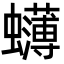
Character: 𮕓